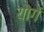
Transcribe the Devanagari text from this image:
योगें